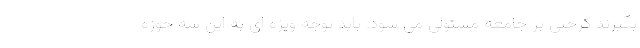
بگیرند کرختی بر جامعه مستولی می شود. باید توجه ویژه ای به این سه حوزه